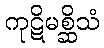
ကုဋိမစ္ဆိသံ